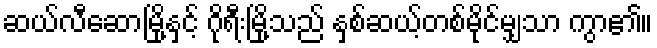
ဆယ်လီဆောမြို့နှင့် ဂိုရီးမြို့သည် နှစ်ဆယ့်တစ်မိုင်မျှသာ ကွာ၏။